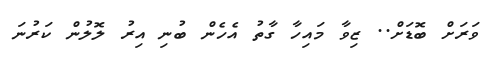
ވަރަށް ބޮޑަށް.. ޒިވާ މައިހާ ގާތު އެހެން ބުނި އިރު ލޮލުން ކަރުނަ